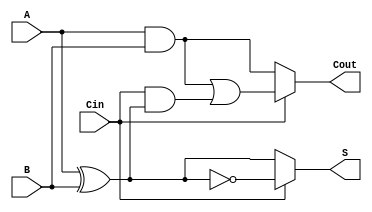
module ConditionalSumFullAdder (
    input wire A,       // First input bit
    input wire B,       // Second input bit
    input wire Cin,     // Carry-in bit
    output wire S,      // Sum output
    output wire Cout    // Carry-out output
);

    // Intermediate signals for the two sums and carry outs
    wire S0;           // Sum when Cin = 0
    wire S1;           // Sum when Cin = 1
    wire C0;           // Carry-out when Cin = 0
    wire C1;           // Carry-out when Cin = 1

    // Calculate S0 and C0 (when Cin is 0)
    assign S0 = A ^ B;              // S0 = A XOR B
    assign C0 = A & B;              // C0 = A AND B

    // Calculate S1 and C1 (when Cin is 1)
    assign S1 = A ^ B ^ 1'b1;       // S1 = A XOR B XOR 1 (equivalent to Cin=1)
    assign C1 = (A & B) | (Cin & (A ^ B)); // C1 = (A AND B) OR (Cin AND (A XOR B))

    // Final output selection based on Cin
    assign S = (Cin == 1'b0) ? S0 : S1;   // Select sum based on Cin
    assign Cout = (Cin == 1'b0) ? C0 : C1; // Select carry-out based on Cin

endmodule